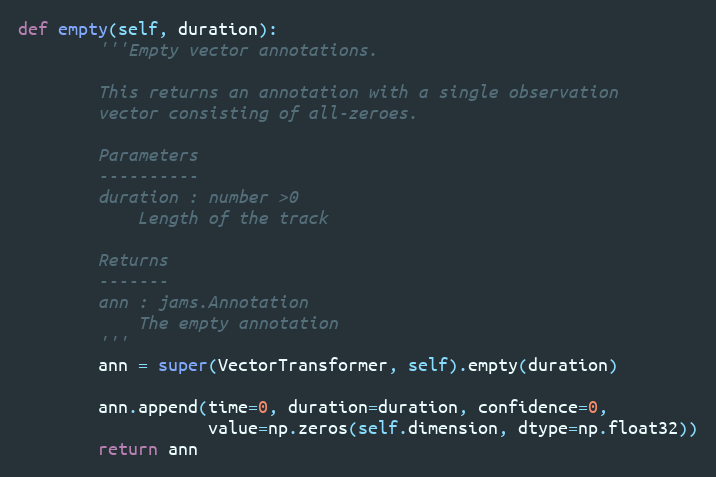
Language: Python
def empty(self, duration):
        '''Empty vector annotations.

        This returns an annotation with a single observation
        vector consisting of all-zeroes.

        Parameters
        ----------
        duration : number >0
            Length of the track

        Returns
        -------
        ann : jams.Annotation
            The empty annotation
        '''
        ann = super(VectorTransformer, self).empty(duration)

        ann.append(time=0, duration=duration, confidence=0,
                   value=np.zeros(self.dimension, dtype=np.float32))
        return ann